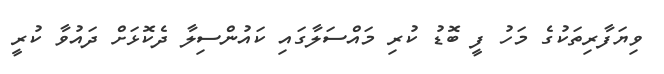
ވިޔަފާރިތަކުގެ މަހު ފީ ބޮޑު ކުރި މައްސަލާގައި ކައުންސިލާ ދެކޮޅަށް ދައުވާ ކުރީ